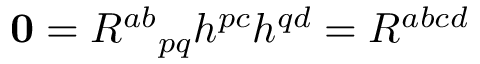
\mathbf { 0 } = R ^ { a b } { } _ { p q } h ^ { p c } h ^ { q d } = R ^ { a b c d }